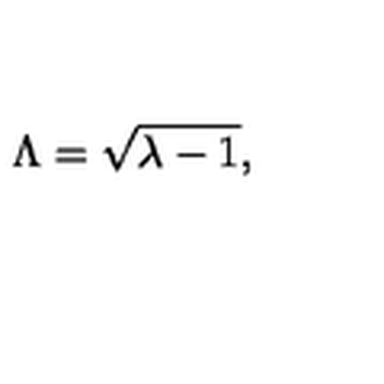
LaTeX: \Lambda = \sqrt { \lambda - 1 } ,